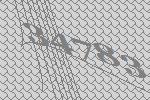
34783